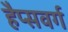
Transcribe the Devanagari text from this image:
हैप्सवर्ग